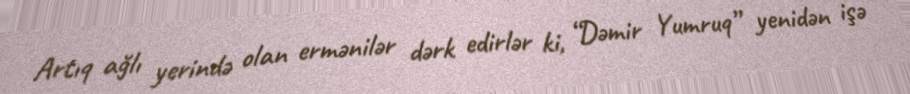
Artıq ağlı yerində olan ermənilər dərk edirlər ki, “Dəmir Yumruq” yenidən işə